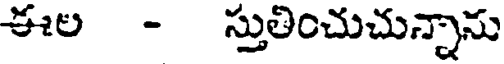
ఈల - స్తుతించుచున్నాను